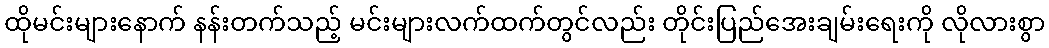
ထိုမင်းများနောက် နန်းတက်သည့် မင်းများလက်ထက်တွင်လည်း တိုင်းပြည်အေးချမ်းရေးကို လိုလားစွာ